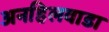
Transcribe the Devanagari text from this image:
अनहिलवाडा